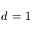
d = 1